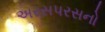
અરસપરસનો